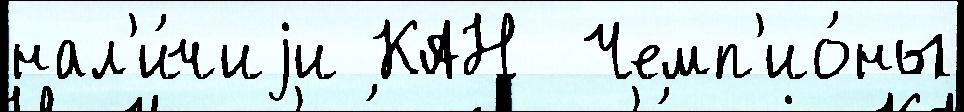
нал'и́чиjи КАН  Чемп'ио́ны